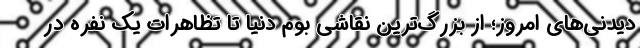
دیدنی‌های امروز؛ از بزرگ‌ترین نقاشی بوم دنیا تا تظاهرات یک نفره در